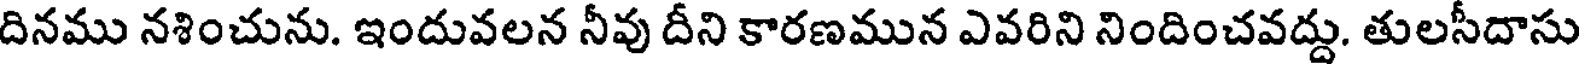
దినము నశించును. ఇందువలన నీవు దీని కారణమున ఎవరిని నిందించవద్దు. తులసీదాసు